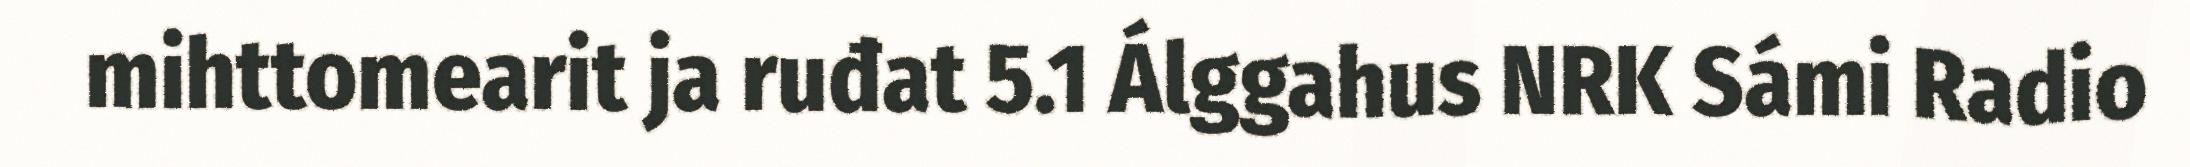
mihttomearit ja ruđat 5.1 Álggahus NRK Sámi Radio